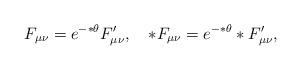
LaTeX: \begin{align*}F_{\mu \nu }=e^{-*\theta }F'_{\mu \nu },\quad*F_{\mu \nu }=e^{-*\theta }*F'_{\mu \nu },\end{align*}